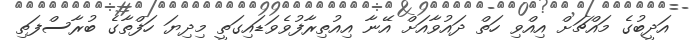
އަދީބުގެ މައްޗަށް އިއްވި ހަތް ދައުވާއަށް އޭނާ އިއުތިރާފުވެވަޑައިގަތީ މިދިޔަ ހަފްތާގެ ބުރާސްފަތި